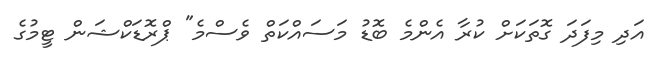
އަދި މިފަދަ ގޮތަކަށް ކުރާ އެންމެ ބޮޑު މަސައްކަތް ވެސްމެ" ޕްރޮޑަކްޝަން ޓީމުގެ